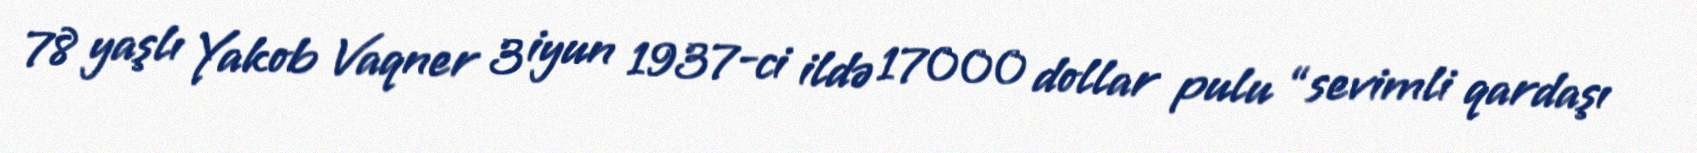
78 yaşlı Yakob Vaqner 3 iyun 1937-ci ildə 17000 dollar pulu “sevimli qardaşı